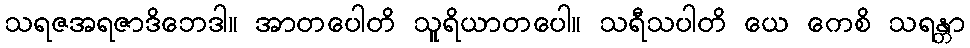
သရဇအရဇာဒိဘေဒါ။ အာတပေါတိ သူရိယာတပေါ။ သရီသပါတိ ယေ ကေစိ သရန္တာ